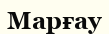
Марғау